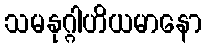
သမနုဂ္ဂါဟိယမာနော